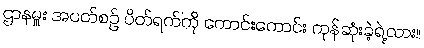
ဌာနမှူး အပတ်စဉ် ပိတ်ရက်ကို ကောင်းကောင်း ကုန်ဆုံးခဲ့ရဲ့လား။